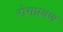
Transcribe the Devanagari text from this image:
रोगप्रवण